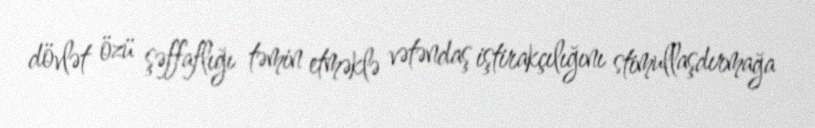
dövlət özü şəffaflığı təmin etməklə vətəndaş iştirakçılığını stimullaşdırmağa